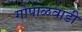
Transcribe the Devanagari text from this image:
गोपाळवाडी